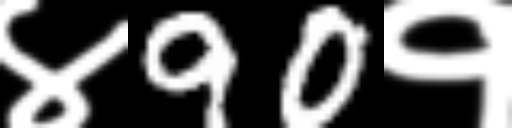
Text: ४90१